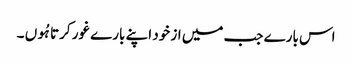
اس بارے جب میں از خود اپنے بارے غور کرتا ہُوں ۔